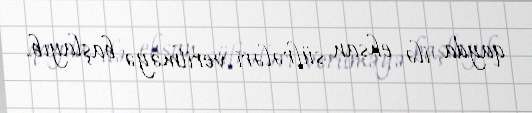
qayda ilə ehsan süfrələri verilməyə başlayıb.